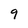
Character: 9